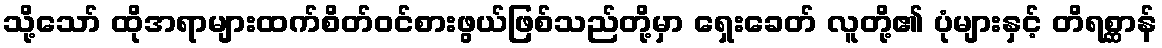
သို့သော် ထိုအရာများထက်စိတ်ဝင်စားဖွယ်ဖြစ်သည်တို့မှာ ရှေးခေတ် လူတို့၏ ပုံများနှင့် တိရစ္ဆာန်